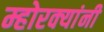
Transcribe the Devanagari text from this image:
म्होरक्‍यांनी